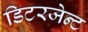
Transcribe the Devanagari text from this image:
डिटरजेन्ट